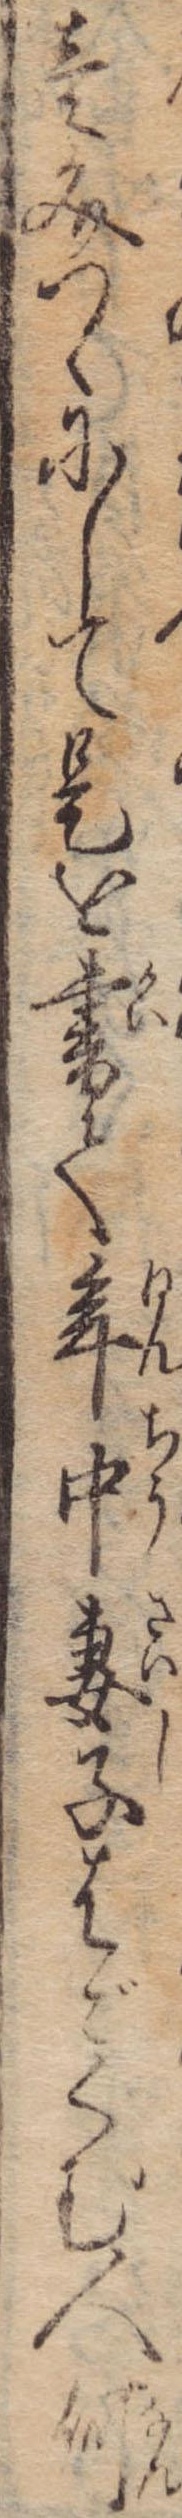
壱文つゝにして是を書て年中妻子はごくむ人何